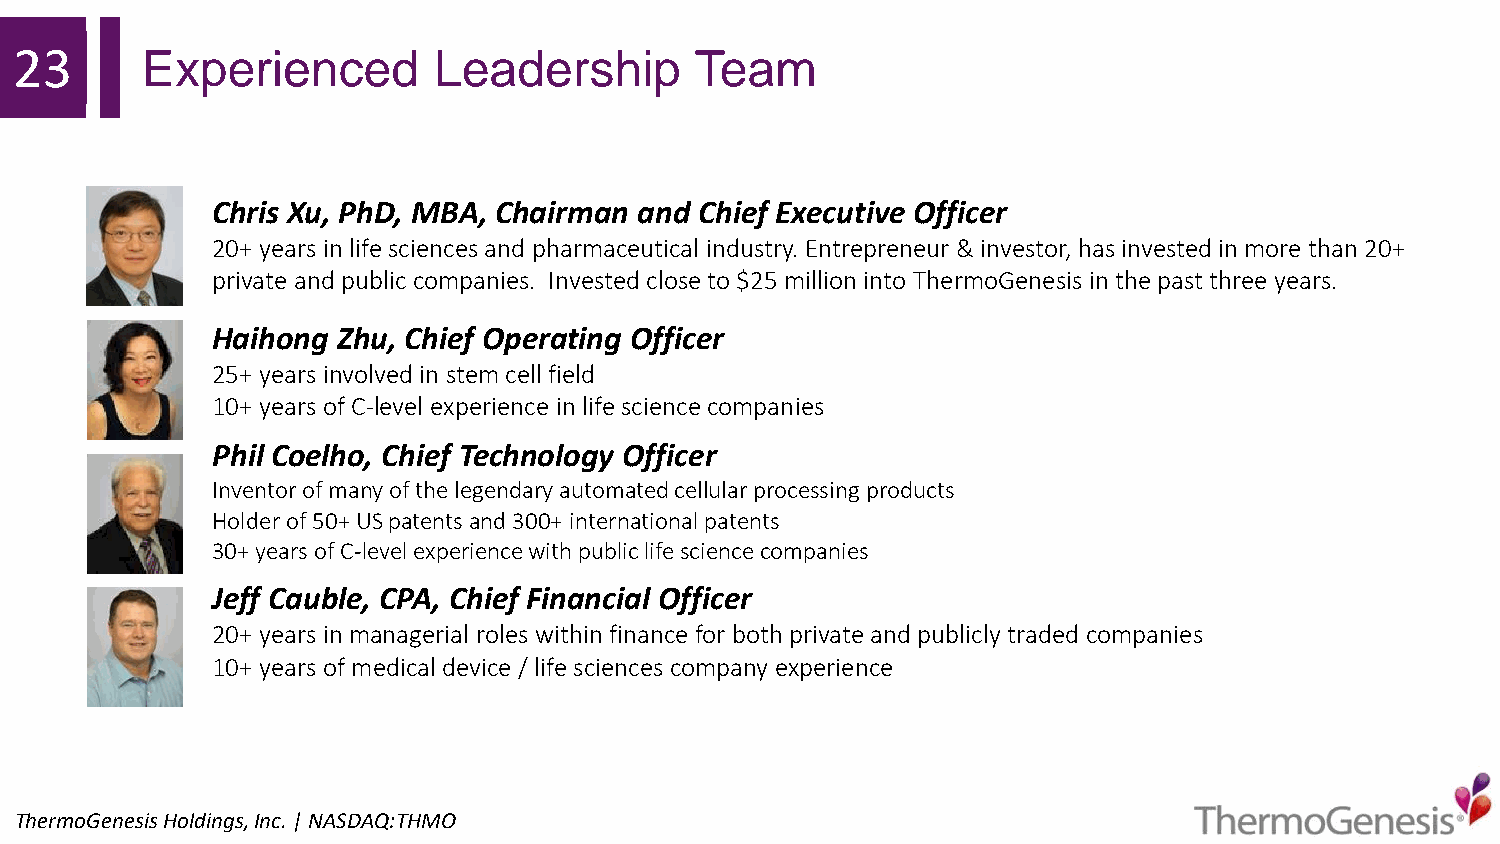
23      Experienced         Leadership       Team
 Chris Xu, PhD, MBA, Chairman and Chief Executive Officer
 20+ years in life sciences and pharmaceutical industry. Entrepreneur & investor, has invested in more than 20+
 private and public companies. Invested close to $25 million into ThermoGenesis in the past three years.
 Haihong Zhu, Chief Operating Officer
 25+ years involved in stem cell field
 10+ years of C-level experience in life science companies
 Phil Coelho, Chief Technology Officer
 Inventor of many of the legendary automated cellular processing products
 Holder of 50+ US patents and 300+ international patents
 30+ years of C-level experience with public life science companies
 Jeff Cauble, CPA, Chief Financial Officer
 20+ years in managerial roles within finance for both private and publicly traded companies
 10+ years of medical device / life sciences company experience
 ThermoGenesisHoldings,Inc.| NASDAQ:THMO